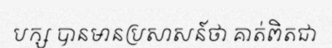
បក្ស បានមានប្រសាសន៍ថា គាត់ពិតជា